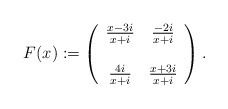
\begin{align*}F(x) :=\left(\begin{array}{cc}\frac{x - 3 i}{x + i} & \frac{- 2 i}{x + i} \\& \\\frac{4 i}{x + i} & \frac{x + 3 i}{x + i}\end{array}\right).\end{align*}